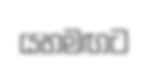
යහමඟට